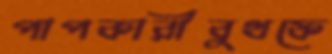
পাপকারীবুথফে